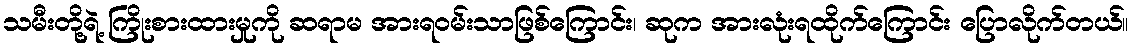
သမီးတို့ရဲ့ ကြိုးစားထားမှုကို ဆရာမ အားရဝမ်းသာဖြစ်ကြောင်း၊ ဆုက အားလုံးရထိုက်ကြောင်း ပြောလိုက်တယ်။